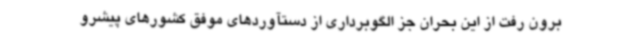
برون رفت از این بحران جز الگوبرداری از دستآوردهای موفق کشورهای پیشرو